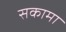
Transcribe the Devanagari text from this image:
सकामा